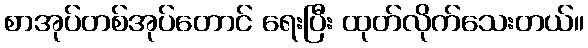
စာအုပ်တစ်အုပ်တောင် ရေးပြီး ထုတ်လိုက်သေးတယ်။